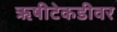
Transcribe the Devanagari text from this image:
ॠषीटेकडीवर